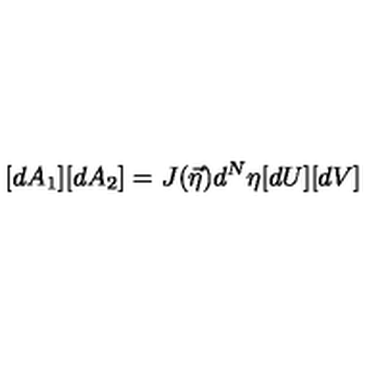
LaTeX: [ d A _ { 1 } ] [ d A _ { 2 } ] = J ( \vec { \eta } ) d ^ { N } \eta [ d U ] [ d V ]